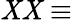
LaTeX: \mathit{X}\mathit{X}\equiv